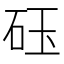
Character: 砡